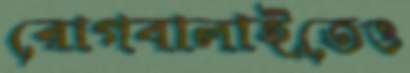
রোগবালাইতেও